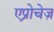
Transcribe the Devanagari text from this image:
एप्रोचेज़